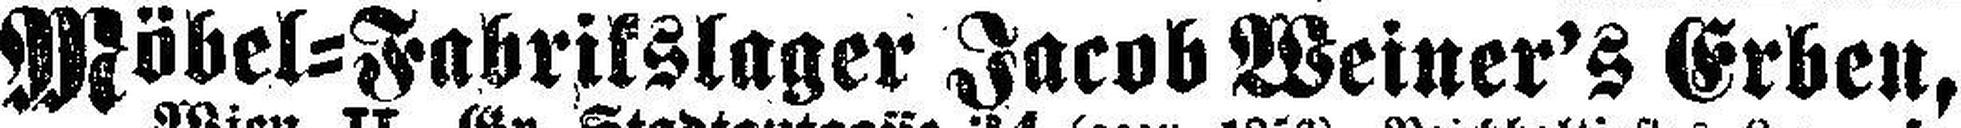
Möbel=Fabrikslager Jacob Weiner's Erben,